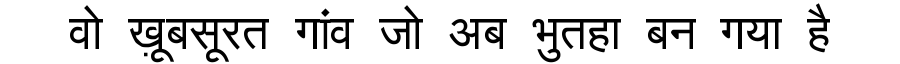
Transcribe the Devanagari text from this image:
वो ख़ूबसूरत गांव जो अब भुतहा बन गया है